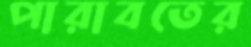
পারাবতের